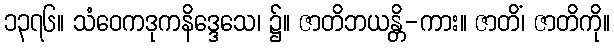
၁၃၇၆။ သံဝေကဒုကနိဒ္ဒေသေ၊ ၌။ ဇာတိဘယန္တိ-ကား။ ဇာတိံ၊ ဇာတိကို။